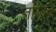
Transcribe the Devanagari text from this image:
तय्यिब़